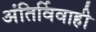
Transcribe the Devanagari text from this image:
अंतिर्विवाही